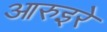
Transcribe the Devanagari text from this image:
आरुइरे